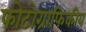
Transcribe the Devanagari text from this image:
फोटोग्राफिकीय